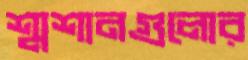
শ্মশানগুলোর